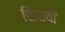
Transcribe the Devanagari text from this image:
शिपायी